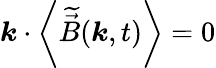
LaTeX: \boldsymbol{k}\cdot\left<\widetilde{\vec{B}}(\boldsymbol{k},t)\right>=0